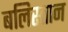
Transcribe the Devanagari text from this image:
बलिस्तान